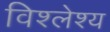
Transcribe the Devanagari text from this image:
विश्लेश्य